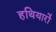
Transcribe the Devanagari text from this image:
हथियारो॑